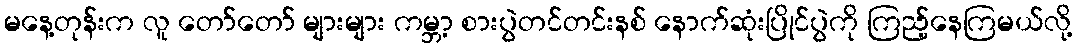
မနေ့တုန်းက လူ တော်တော် များများ ကမ္ဘာ့ စားပွဲတင်တင်းနစ် နောက်ဆုံးပြိုင်ပွဲကို ကြည့်နေကြမယ်လို့